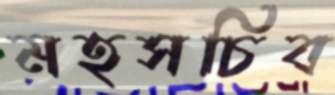
মহসচিব